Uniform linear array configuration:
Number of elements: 12
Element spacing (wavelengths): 0.75
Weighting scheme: blackman
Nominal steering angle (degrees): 0
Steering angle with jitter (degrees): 1.412
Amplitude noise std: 0.05
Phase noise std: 0.05

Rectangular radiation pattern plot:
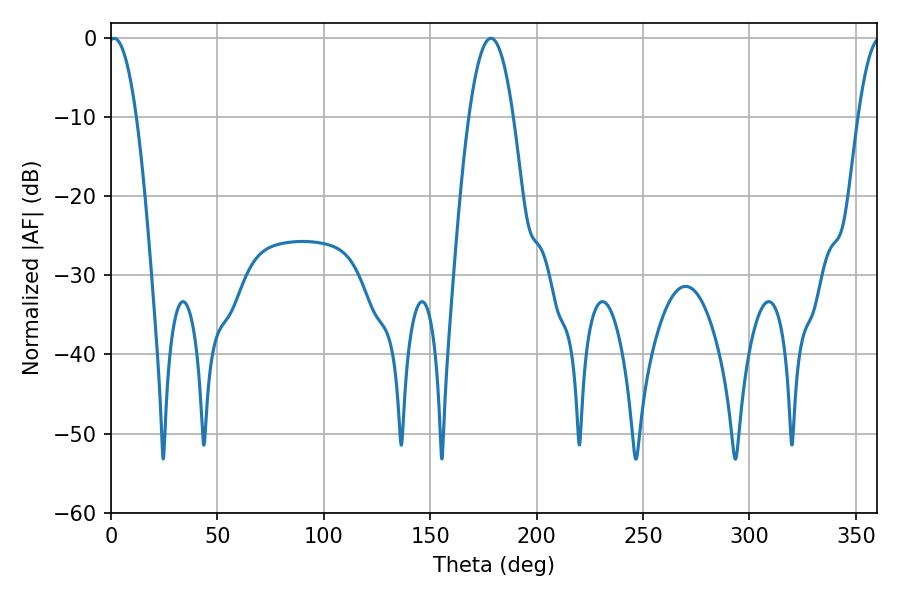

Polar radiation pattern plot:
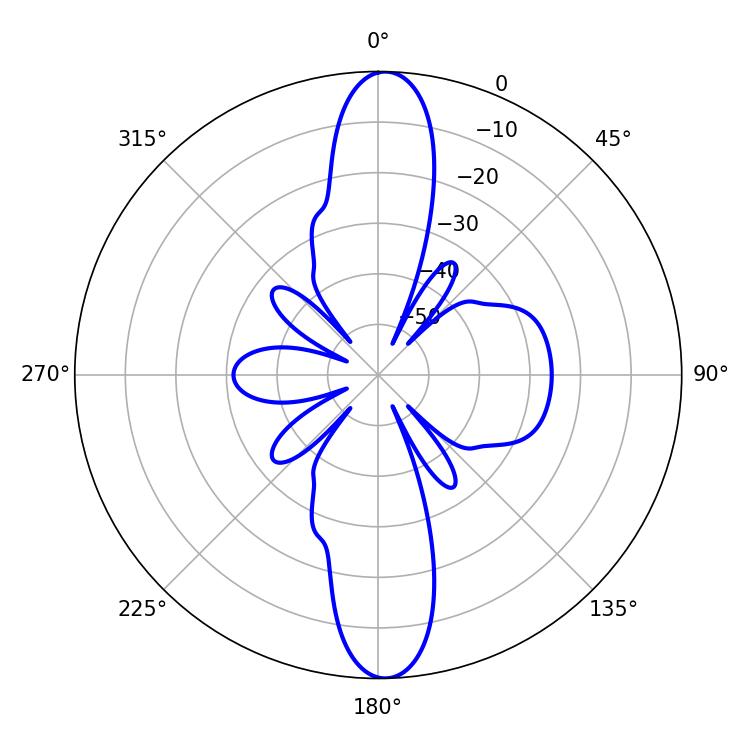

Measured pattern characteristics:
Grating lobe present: TRUE
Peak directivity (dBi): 22.148
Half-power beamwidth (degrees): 7.2
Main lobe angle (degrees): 1.44